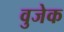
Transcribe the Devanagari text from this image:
वुजेक